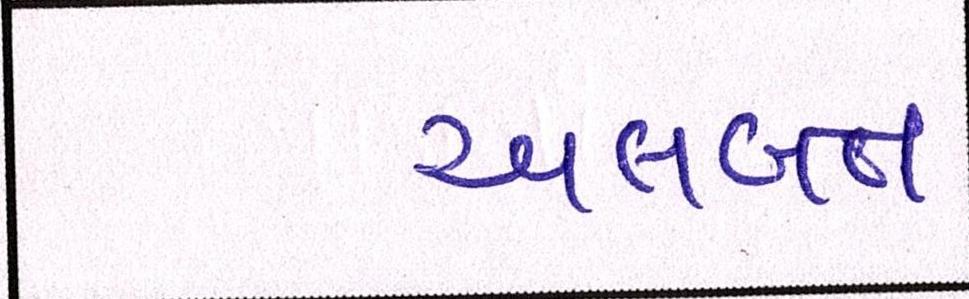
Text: અલબત્ત